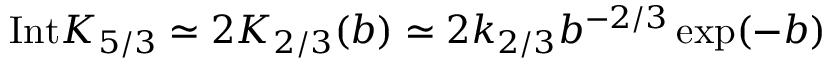
\mathrm { I n t } K _ { 5 / 3 } \simeq 2 K _ { 2 / 3 } ( b ) \simeq 2 k _ { 2 / 3 } b ^ { - 2 / 3 } \exp ( - b )